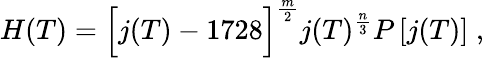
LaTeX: H(T)=\Bigl[j(T)-1728\Bigr]^{\frac{m}{2}}j(T)^{\frac{n}{3}}P\left[j(T)\right]\; ,